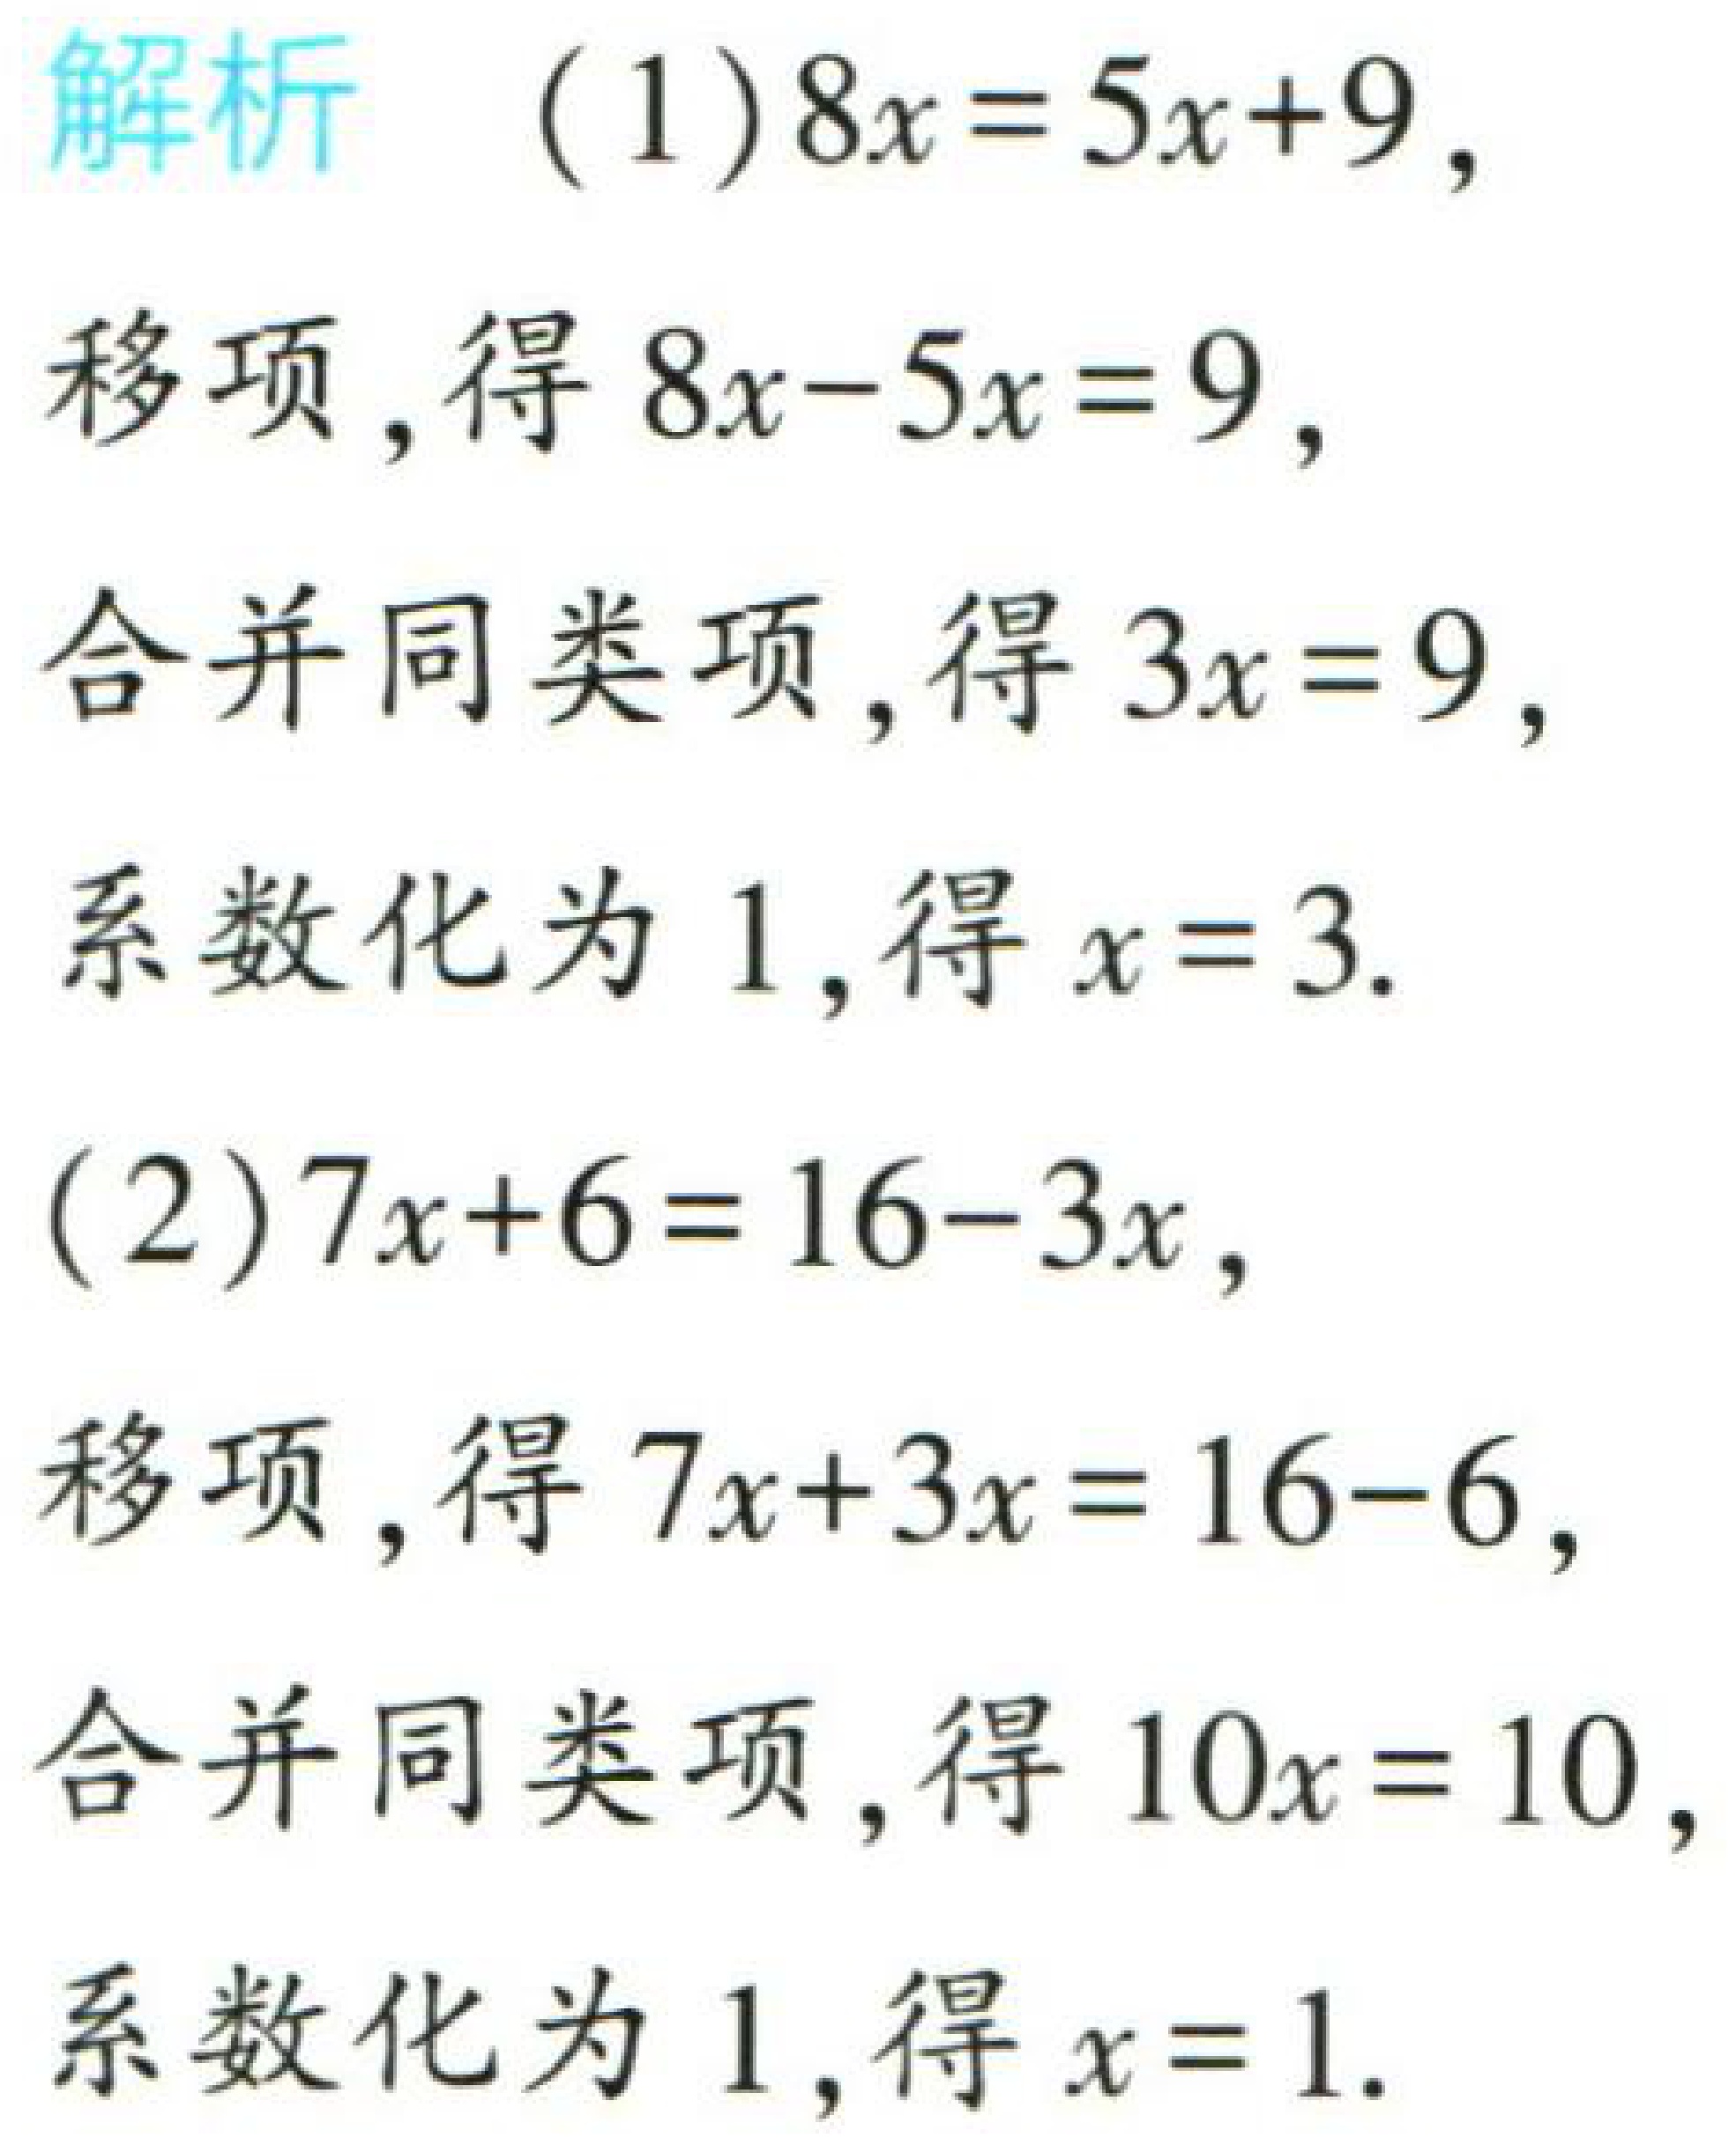
解析 （1）\(8x = 5x + 9\)，

移项，得 \(8x - 5x = 9\)，

合并同类项，得 \(3x = 9\)，

系数化为 \(1\)，得 \(x = 3\).

（2）\(7x + 6 = 16 - 3x\)，

移项，得 \(7x + 3x = 16 - 6\)，

合并同类项，得 \(10x = 10\)，

系数化为 \(1\)，得 \(x = 1\).